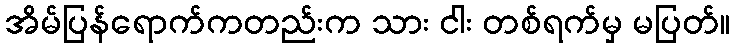
အိမ်ပြန်ရောက်ကတည်းက သား ငါး တစ်ရက်မှ မပြတ်။